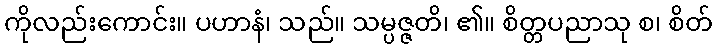
ကိုလည်းကောင်း။ ပဟာနံ၊ သည်။ သမ္ပဇ္ဇတိ၊ ၏။ စိတ္တပညာသု စ၊ စိတ်